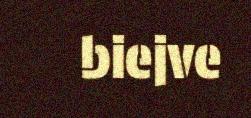
biejve